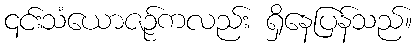
၎င်းသံယောဇဉ်ကလည်း ရှိနေပြန်သည်။